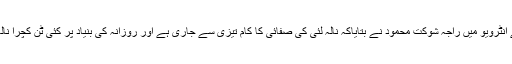
’’اے پی پی‘‘ کو دیئے گئے انٹرویو میں راجہ شوکت محمود نے بتایاکہ نالہ لئی کی صفائی کا کام تیزی سے جاری ہے اور روزانہ کی بنیاد پر کئی ٹن کچرا نالہ لئی سے نکالا جا رہاہے ۔